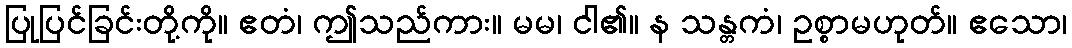
ပြုပြင်ခြင်းတို့ကို။ ဧတံ၊ ဤသည်ကား။ မမ၊ ငါ၏။ န သန္တကံ၊ ဥစ္စာမဟုတ်။ ဧသော၊